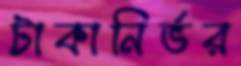
টাকানির্ভর